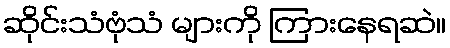
ဆိုင်းသံဗုံသံ များကို ကြားနေရဆဲ။